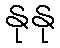
နုနု